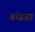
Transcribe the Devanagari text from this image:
गंधजा